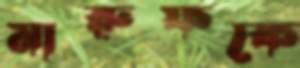
মারুফকে